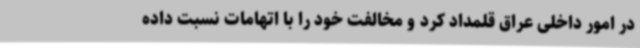
در امور داخلی عراق قلمداد کرد و مخالفت خود را با اتهامات نسبت داده